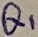
Text: Q1